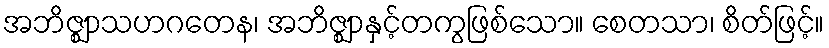
အဘိဇ္ဈာသဟဂတေန၊ အဘိဇ္ဈာနှင့်တကွဖြစ်သော။ စေတသာ၊ စိတ်ဖြင့်။